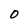
Character: 0